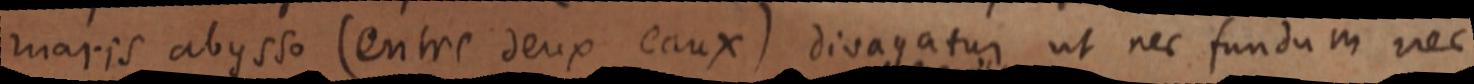
maris abysso (entre deux eaux) divagatur ut nec fundum nec